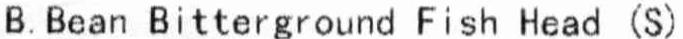
B. BEAN BITTERGROUND FISH HEAD (S)